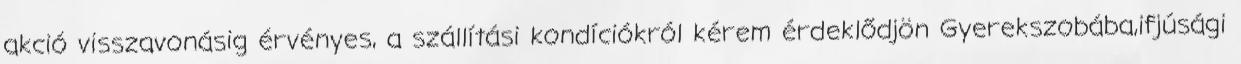
akció visszavonásig érvényes, a szállítási kondíciókról kérem érdeklődjön Gyerekszobába,ifjúsági